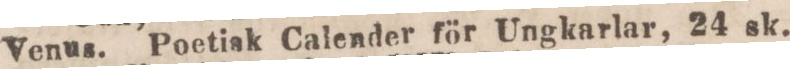
Venus, Poetisk Calender för Ungkarlar, 24 sk.